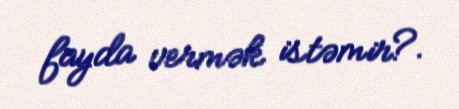
fayda vermək istəmir?.